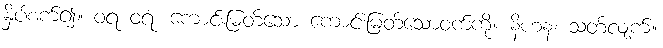
နှိပ်စက်၍။ ဝရံ ဝရံ၊ ကောင်းမြတ်သော ကောင်းမြတ်သောဝက်ကို။ နိဟနံ၊ သတ်လျက်။